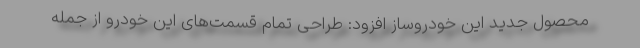
محصول جدید این خودروساز افزود: طراحی تمام قسمت‌های این خودرو از جمله